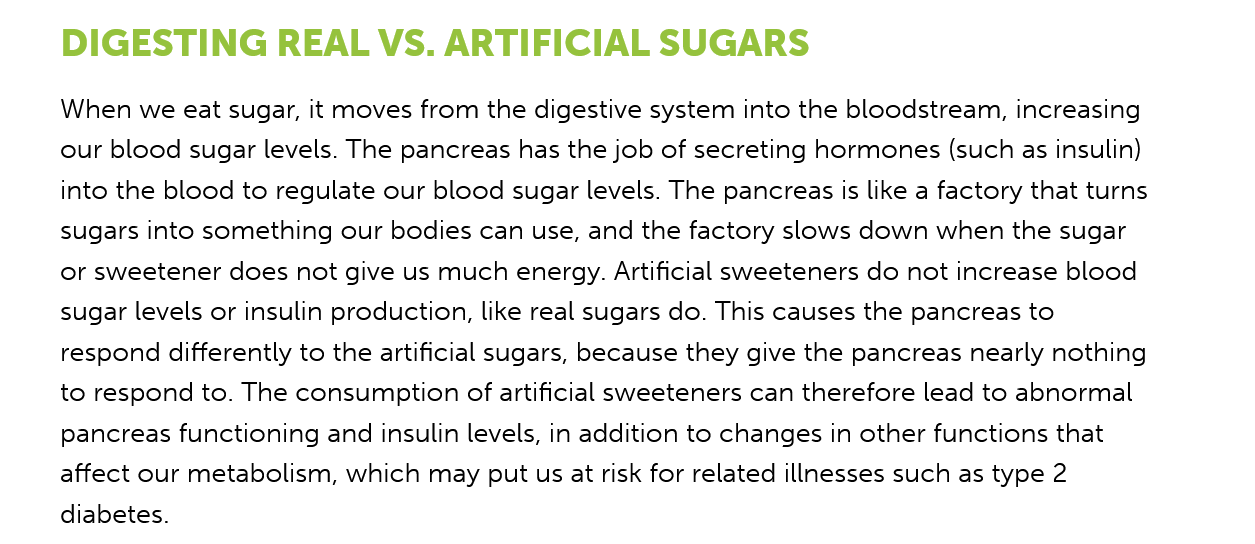
DIGESTING    REAL VS.    ARTIFICIAL    SUGARS
     When we eat sugar, it moves from the digestive system into the bloodstream, increasing
     our blood sugar levels. The pancreas has the job of secreting hormones (such as insulin)
     into the blood to regulate our blood sugar levels. The pancreas is like a factory that turns
     sugars into something our bodies can use, and the factory slows down when the sugar
     or sweetener does not give us much energy. Artificial sweeteners do not increase blood
     sugar levels or insulin production, like real sugars do. This causes the pancreas to
     respond differently to the artificial sugars, because they give the pancreas nearly nothing
     to respond to. The consumption of artificial sweeteners can therefore lead to abnormal
     pancreas functioning and insulin levels, in addition to changes in other functions that
     affect our metabolism, which may put us at risk for related illnesses such as type 2
     diabetes.